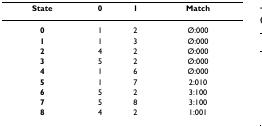
<table><thead><tr><td><b>State</b></td><td><b>0</b></td><td><b>1</b></td><td><b>Match</b></td></tr></thead><tbody><tr><td><b>0</b></td><td>1</td><td>2</td><td>Ø:000</td></tr><tr><td><b>1</b></td><td>1</td><td>3</td><td>Ø:000</td></tr><tr><td><b>2</b></td><td>4</td><td>2</td><td>Ø:000</td></tr><tr><td><b>3</b></td><td>5</td><td>2</td><td>Ø:000</td></tr><tr><td><b>4</b></td><td>1</td><td>6</td><td>Ø:000</td></tr><tr><td><b>5</b></td><td>1</td><td>7</td><td>2:010</td></tr><tr><td><b>6</b></td><td>5</td><td>2</td><td>3:100</td></tr><tr><td><b>7</b></td><td>5</td><td>8</td><td>3:100</td></tr><tr><td><b>8</b></td><td>4</td><td>2</td><td>1:001</td></tr></tbody></table>